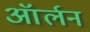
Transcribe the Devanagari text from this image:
ऑर्लन